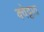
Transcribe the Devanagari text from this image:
क्वेट्टात